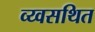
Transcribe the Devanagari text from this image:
व्य्वसथित